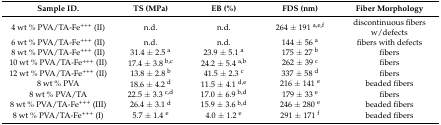
| Sample ID. | TS (MPa) | EB (%) | FDS (nm) | Fiber Morphology |
 | --- | --- | --- | --- | --- |
 | 4 wt % PVA/TA-Fe+++ (II) | n.d. | n.d. | 264 ± 191 a,e,f | discontinuous fibers w/defects |
 | 6 wt % PVA/TA-Fe+++ (II) | n.d. | n.d. | 144 ± 56 a | fibers with defects |
 | 8 wt % PVA/TA-Fe+++ (II) | 31.4 ± 2.5 a | 23.9 ± 5.1 a | 175 ± 27 b | fibers |
 | 10 wt % PVA/TA-Fe+++ (II) | 17.4 ± 3.8 b,c | 24.2 ± 5.4 a,b | 262 ± 39 c | fibers |
 | 12 wt % PVA/TA-Fe+++ (II) | 13.8 ± 2.8 b | 41.5 ± 2.3 c | 337 ± 58 d | fibers |
 | 8 wt % PVA | 18.6 ± 4.2 d | 11.5 ± 4.1 d,e | 216 ± 141 e | beaded fibers |
 | 8 wt % PVA/TA | 22.5 ± 3.3 c,d | 17.0 ± 6.9 b,d | 179 ± 33 e | fibers |
 | 8 wt % PVA/TA-Fe+++ (III) | 26.4 ± 3.1 d | 15.9 ± 3.6 b,d | 246 ± 280 e | beaded fibers |
 | 8 wt % PVA/TA-Fe+++ (I) | 5.7 ± 1.4 e | 4.0 ± 1.2 e | 291 ± 171 f | beaded fibers |